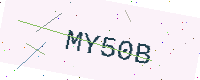
Text: MY50B